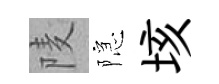
𨹧隠垓